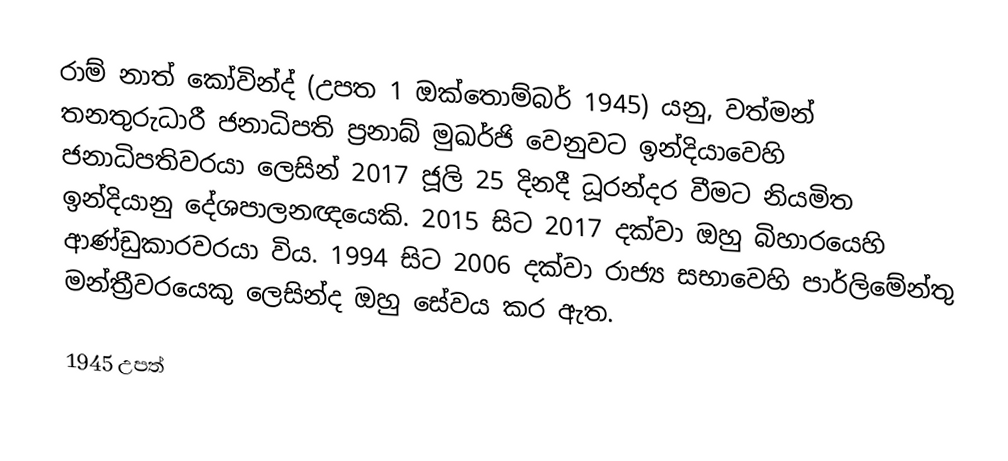
රාම් නාත් කෝවින්ද් (උපත 1 ඔක්තොම්බර් 1945) යනු,  වත්මන් තනතුරුධාරී ජනාධිපති ප්‍රනාබ් මුඛර්ජි වෙනුවට ඉන්දියාවෙහි ජනාධිපතිවරයා ලෙසින් 2017 ජූලි 25 දිනදී ධූරන්දර වීමට නියමිත ඉන්දියානු දේශපාලනඥයෙකි.  2015 සිට  2017 දක්වා ඔහු බිහාරයෙහි ආණ්ඩුකාරවරයා විය.  1994 සිට 2006 දක්වා රාජ්‍ය සභාවෙහි පාර්ලිමේන්තු මන්ත්‍රීවරයෙකු ලෙසින්ද ඔහු සේවය කර ඇත.

1945 උපත්